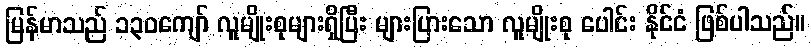
မြန်မာသည် ၁၃၀ကျော် လူမျိုးစုများရှိပြီး များပြားသော လူမျိုးစု ပေါင်း နိုင်ငံ ဖြစ်ပါသည်။